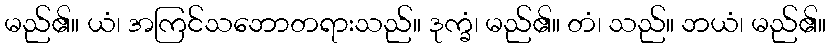
မည်၏။ ယံ၊ အကြင်သဘောတရားသည်။ ဒုက္ခံ၊ မည်၏။ တံ၊ သည်။ ဘယံ၊ မည်၏။